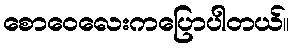
စောဝေလေးကပြောပါတယ်။